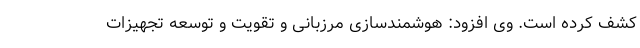
کشف کرده است. وی افزود: هوشمندسازی مرزبانی و تقویت و توسعه تجهیزات